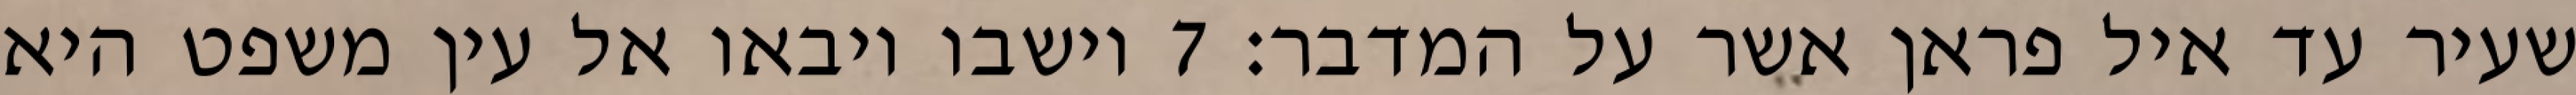
שעיר עד איל פראן אשר על המדבר׃ ‎7‏ וישבו ויבאו אל עין משפט היא